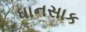
ધાનસાક